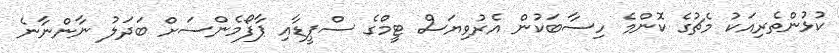
ކުޅުންތެރިއަކު މެޗުގެ ކޮންމެ ހިސާބަކުން އެރުވިޔަސް ޓީމްގެ ސްޕީޑާއި ޕާފޯމެންސަށް ބަދަލު ނާންނާނެ